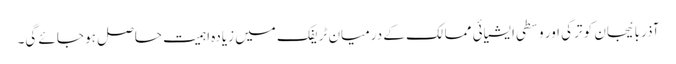
آذربائیجان کو ترکی اور وسطی ایشیائی ممالک کے درمیان ٹریفک میں زیادہ اہمیت حاصل ہو جائے گی۔